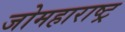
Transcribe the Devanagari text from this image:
जोमहाराष्ट्र